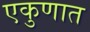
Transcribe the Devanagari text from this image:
एकुणात